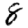
Digit: 8